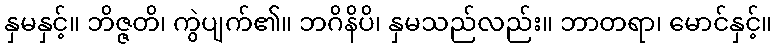
နှမနှင့်။ ဘိဇ္ဇတိ၊ ကွဲပျက်၏။ ဘဂိနိပိ၊ နှမသည်လည်း။ ဘာတရာ၊ မောင်နှင့်။